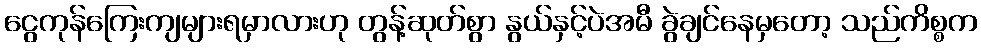
ငွေကုန်ကြေးကျများရမှာလားဟု တွန့်ဆုတ်စွာ နွယ်နှင့်ပဲအမီ ခွဲချင်နေမှတော့ သည်ကိစ္စက